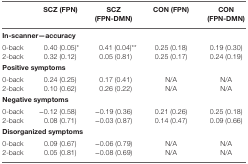
<table><thead><tr><td></td><td><b>SCZ (FPN)</b></td><td><b>SCZ (FPN-DMN)</b></td><td><b>CON (FPN)</b></td><td><b>CON (FPN-DMN)</b></td></tr></thead><tbody><tr><td colspan="5"><b>In-scanner—accuracy</b></td></tr><tr><td>0-back</td><td>0.40 (0.05)*</td><td>0.41 (0.04)**</td><td>0.25 (0.18)</td><td>0.19 (0.30)</td></tr><tr><td>2-back</td><td>0.32 (0.12)</td><td>0.05 (0.81)</td><td>0.25 (0.17)</td><td>0.24 (0.19)</td></tr><tr><td colspan="5"><b>Positive symptoms</b></td></tr><tr><td>0-back</td><td>0.24 (0.25)</td><td>0.17 (0.41)</td><td>N/A</td><td>N/A</td></tr><tr><td>2-back</td><td>0.10 (0.62)</td><td>0.26 (0.22)</td><td>N/A</td><td>N/A</td></tr><tr><td colspan="5"><b>Negative symptoms</b></td></tr><tr><td>0-back</td><td>−0.12 (0.58)</td><td>−0.19 (0.36)</td><td>0.21 (0.26)</td><td>0.25 (0.18)</td></tr><tr><td>2-back</td><td>0.08 (0.71)</td><td>−0.03 (0.87)</td><td>0.14 (0.47)</td><td>0.09 (0.66)</td></tr><tr><td colspan="5"><b>Disorganized symptoms</b></td></tr><tr><td>0-back</td><td>0.09 (0.67)</td><td>−0.06 (0.79)</td><td>N/A</td><td>N/A</td></tr><tr><td>2-back</td><td>0.05 (0.81)</td><td>−0.08 (0.69)</td><td>N/A</td><td>N/A</td></tr></tbody></table>